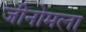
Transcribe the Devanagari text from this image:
जीनोमला